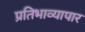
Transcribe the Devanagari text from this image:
प्रतिभाव्यापार